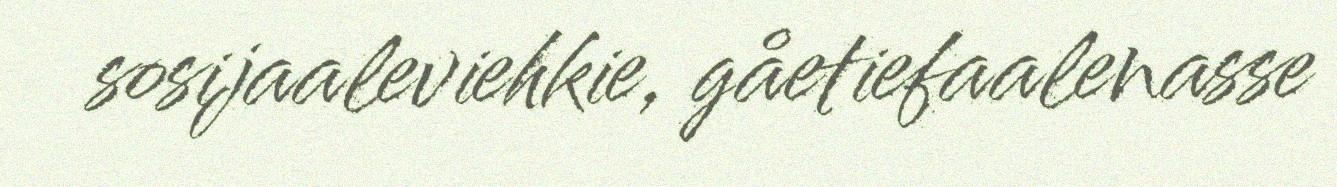
sosijaaleviehkie, gåetiefaalenasse